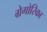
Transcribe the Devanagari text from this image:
ग्रेगोरिका